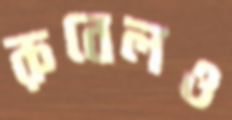
রুবেলও